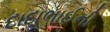
દાદાભાઈની